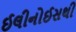
ઈલીનોઈસથી